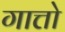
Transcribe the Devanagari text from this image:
गात्तो